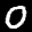
Label: 0